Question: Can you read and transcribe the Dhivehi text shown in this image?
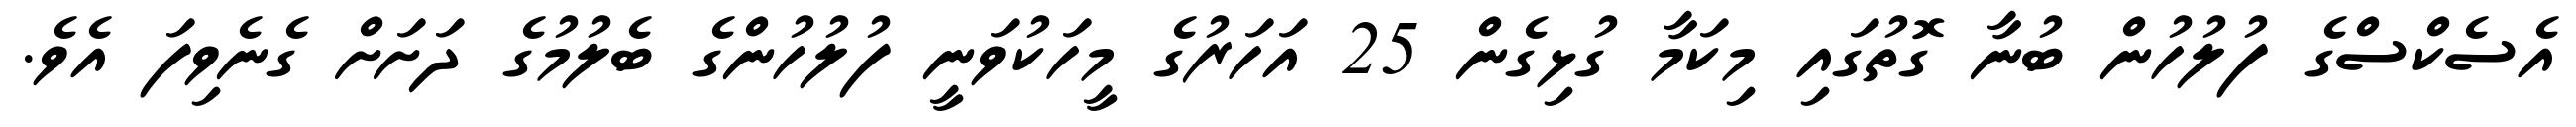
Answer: އެސެކްސްގެ ފުލުހުން ބުނާ ގޮތުގައި މިކަމާ ގުޅިގެން 25 އަހަރުގެ މީހަކުވަނީ ފުލުހުންގެ ބެލުމުގެ ދަށަށް ގެނެވިފަ އެވެ.